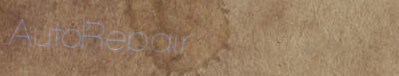
AutoRepair